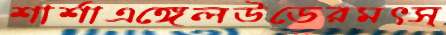
শার্শাএঙ্গেলউডেরমৎস্